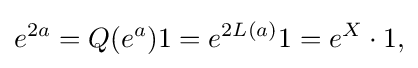
\displaystyle {e^{2a}=Q(e^{a})1=e^{2L(a)}1=e^{X}\cdot 1,}